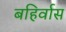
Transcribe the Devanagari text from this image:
बहिर्वास